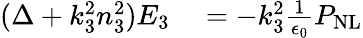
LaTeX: \begin{array}{rl}{(\Delta+k_{3}^{2}n_{3}^{2})E_{3}}&{{}=-k_{3}^{2}\frac{1}{\epsilon_{0}}P_{\mathrm{NL}}}\end{array}